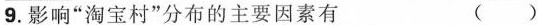
9.影响”淘宝村”分布的主要因素有 ( )